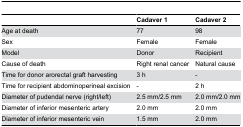
|  | Cadaver 1 | Cadaver 2 |
 | --- | --- | --- |
 | Age at death | 77 | 98 |
 | Sex | Female | Female |
 | Model | Donor | Recipient |
 | Cause of death | Right renal cancer | Natural cause |
 | Time for donor arorectal graft harvesting | 3 h | - |
 | Time for recipient abdominoperineal excision | - | 2 h |
 | Diameter of pudendal nerve (right/left) | 2.5 mm/2.5 mm | 2.0 mm/2.0 mm |
 | Diameter of inferior mesenteric artery | 2.0 mm | 2.0 mm |
 | Diameter of inferior mesenteric vein | 1.5 mm | 2.0 mm |